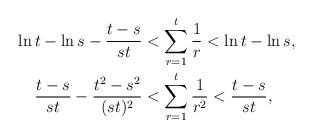
\begin{align*}\ln t -\ln s -\frac{t-s}{st}& <\sum_{r=1}^{t}\frac{1}{r}< \ln t -\ln s ,\\\frac{t-s}{st}-\frac{t^2-s^2}{(st)^2}& <\sum_{r=1}^{t}\frac{1}{r^2}< \frac{t-s}{st},\end{align*}